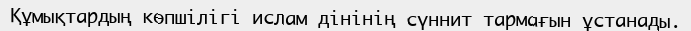
Құмықтардың көпшілігі ислам дінінің сүннит тармағын ұстанады.